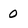
Character: 0